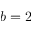
b = 2